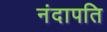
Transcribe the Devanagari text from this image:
नंदापति